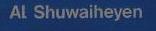
al